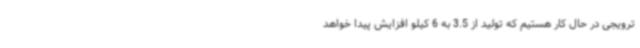
ترویجی در حال کار هستیم که تولید از 3.5 به 6 کیلو افزایش پیدا خواهد